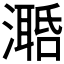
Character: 𣿛